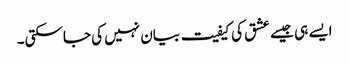
ایسے ہی جیسے عشق کی کیفیت بیان نہیں کی جاسکتی۔